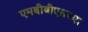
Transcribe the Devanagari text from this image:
एमबीबीएसच्या